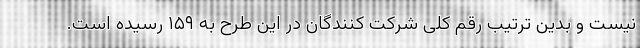
نیست و بدین ترتیب رقم کلی شرکت کنندگان در این طرح به ۱۵۹ رسیده است.